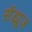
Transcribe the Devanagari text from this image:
सेंड्र्यूज़